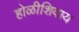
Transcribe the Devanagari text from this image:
होळीशिवाय